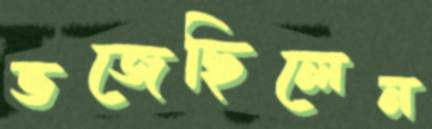
ভজেছিলেন